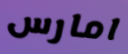
امارس